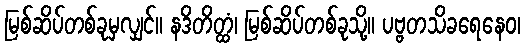
မြစ်ဆိပ်တစ်ခုမှလျှင်။ နဒိတိတ္ထံ၊ မြစ်ဆိပ်တစ်ခုသို့။ ပဗ္ဗတသိခရေနေဝ၊